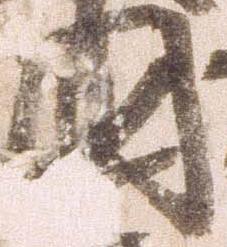
国